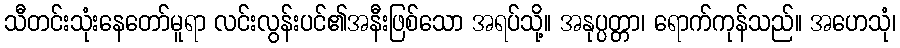
သီတင်းသုံးနေတော်မူရာ လင်းလွန်းပင်၏အနီးဖြစ်သော အရပ်သို့။ အနုပ္ပတ္တာ၊ ရောက်ကုန်သည်။ အဟေသုံ၊